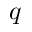
q